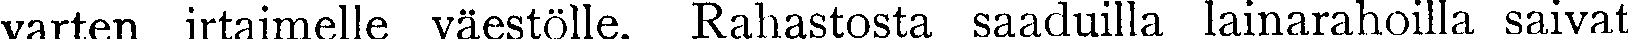
varten irtaimelle väestölle. Rahastosta saaduilla lainarahoilla saivat